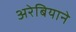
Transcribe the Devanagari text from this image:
अरेबियाने